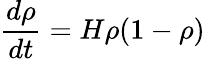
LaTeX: \frac{d\rho}{dt}=H\rho(1-\rho)